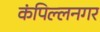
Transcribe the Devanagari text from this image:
कंपिल्लनगर